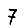
Digit: 7